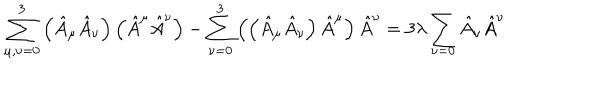
LaTeX: \sum _ { \mu , \nu = 0 } ^ { 3 } \left( \hat { A } _ { \mu } \hat { A } _ { \nu } \right) \left( \hat { A } ^ { \mu } \hat { A } ^ { \nu } \right) - \sum _ { \nu = 0 } ^ { 3 } \left( \left( \hat { A } _ { \mu } \hat { A } _ { \nu } \right) \hat { A } ^ { \mu } \right) \hat { A } ^ { \nu } = 3 \lambda \sum _ { \nu = 0 } \hat { A } _ { \nu } \hat { A } ^ { \nu }